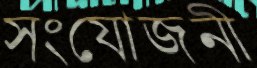
সংযোজনী